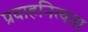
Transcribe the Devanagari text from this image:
प्रवाहनित्यता